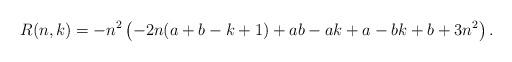
LaTeX: \begin{align*}R(n, k) = -n^2 \left(-2 n (a+b-k+1)+a b-a k+a-b k+b+3 n^2\right). \end{align*}